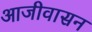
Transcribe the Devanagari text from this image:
आजीवासन